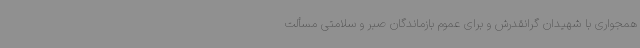
همجواری با شهیدان گرانقدرش و برای عموم بازماندگان صبر و سلامتی مسألت